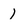
Character: 1